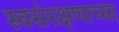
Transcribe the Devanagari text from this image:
स्वसंरक्षणाच्या